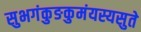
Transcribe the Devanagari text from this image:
सुभगंकुङकुमंयस्यसुते